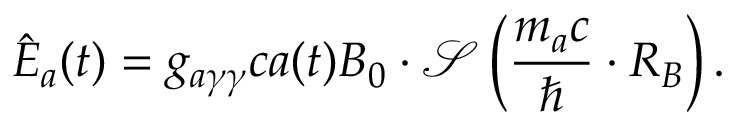
\hat { \boldsymbol E } _ { a } ( t ) = g _ { a \gamma \gamma } c a ( t ) { \boldsymbol B } _ { 0 } \cdot \mathcal S \left( \frac { m _ { a } c } { \hbar } \cdot R _ { B } \right) .